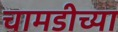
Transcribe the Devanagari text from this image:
चामडीच्या